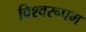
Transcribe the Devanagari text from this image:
विश्‍वरूपम